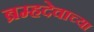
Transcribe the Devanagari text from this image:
ब्रम्हदेवाच्या